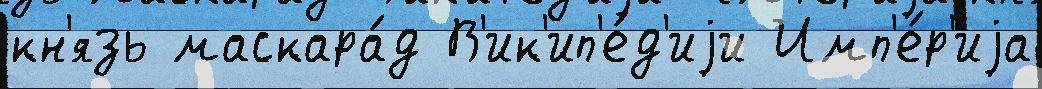
кн'язь маскара́д В'ик'ип'е́д'иjи Имп'е́р'иjа